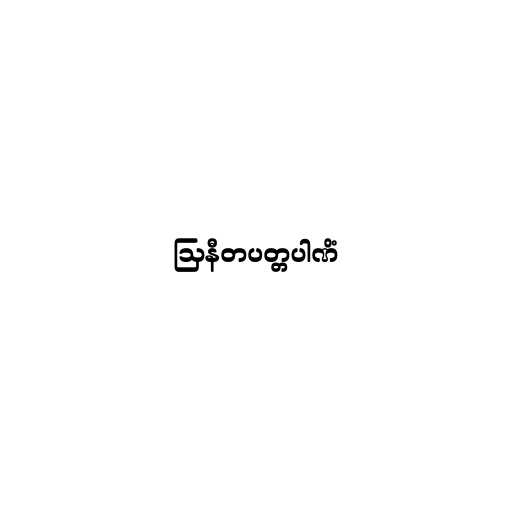
ဩနီတပတ္တပါဏိံ